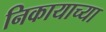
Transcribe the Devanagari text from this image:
निकायाच्या